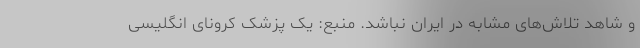
و شاهد تلاش‌های مشابه در ایران نباشد. منبع: یک پزشک کرونای انگلیسی